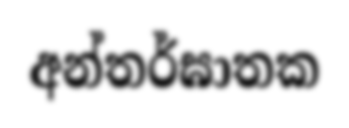
අන්තර්ඝාතක